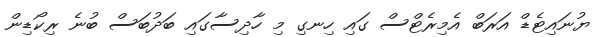
ޔުނައިޓެޑް އަރަބް އެމިރެޓްސް ގައި ހިނގި މި ހާދިސާގައި ބަދުބަސް ބުނެ ރިކޯޑިން